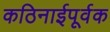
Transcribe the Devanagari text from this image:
कठिनाईपूर्वक